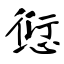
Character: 愆